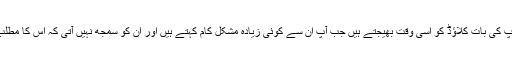
یہ آلات آپ کی بات کلاؤڈ کو اسی وقت بھیجتے ہیں جب آپ ان سے کوئی زیادہ مشکل کام کہتے ہیں اور ان کو سمجھ نہیں آتی کہ اس کا مطلب کیا ہے۔